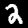
Digit: 2